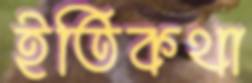
ইতিকথা